Report of the King Institute of Preventive Medicine, Guindy
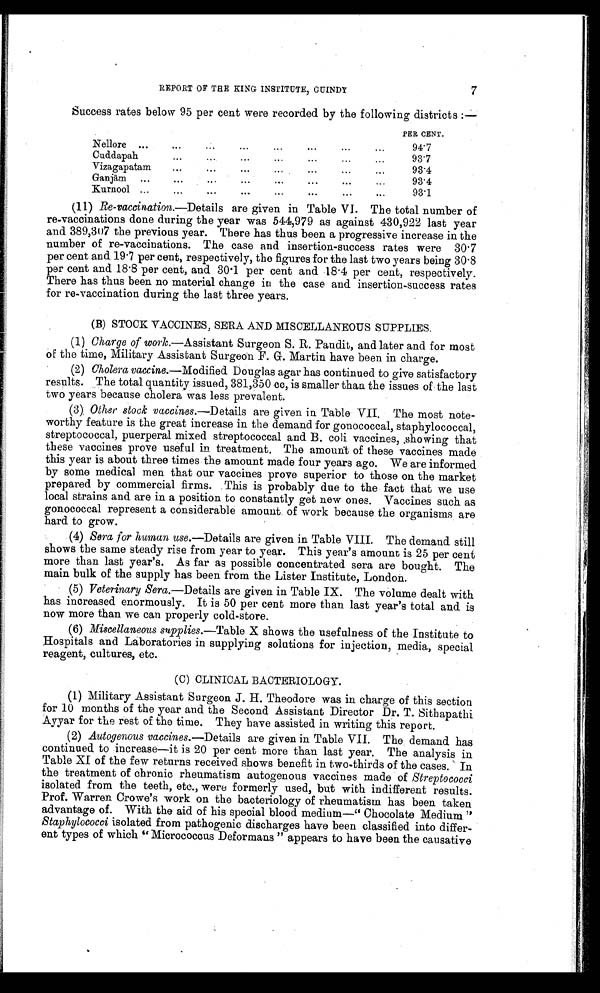
7
REPORT OF THE KING INSTITUTE, GUINDY
Success rates below 95 per cent were recorded by the following districts :—
PER CENT.
...
Nellore
.
.
.
94.7
Cuddapah
.
.
.
93.7
Vizagapatam
.
.
.
93.4
Ganjā m
.
.
.
93.4
Kurnool
.
.
.
93.1
(11) Re-vaccination.— Details
are given in Table VI. The total number of
re-vaccinations done during the year was 544,979 as against 430,922 last year
and 389,307 the previous year. There has thus been a progressive increase in the
number of re-vaccinations. The case and insertion-success rates were 30.7
per cent and 19.7 per cent, respectively, the figures for the last two years being 30.8
per cent and 18.8 per cent, and 30.1 per cent and 18.4 per cent, respectively.
There has thus been no material change in the case and insertion-success rates
for re-vaccination during the last three years.
(B) STOCK VACCINES, SERA AND MISCELLANEOUS SUPPLIES.
(1)
Charge of work .—Assistant Surgeon S. R. Pandit, and later and for most
of the time, Military Assistant Surgeon F. G. Martin have been in charge.
(2)
Cholera vaccine .—Modified Douglas agar has continued to give satisfactory
results. The total quantity issued, 381,350 cc, is smaller than the issues of the last
two years because cholera was less prevalent.
(3) Other stock vaccines .—Details are given in Table VII. The most note- -
worthy feature is the great increase in the demand for gonococcal, staphylococcal,
streptococcal, puerperal mixed streptococcal and B. coli vaccines, showing that
these vaccines prove useful in treatment. The amount of these vaccines made
this year is about three times the amount made four years ago. We are informed
by some medical men that our vaccines prove superior to those on the market
prepared by commercial firms. This is probably due to the fact that we use
local strains and are in a position to constantly get new ones. Vaccines such as
gonococcal represent a considerable amount of work because the organisms are
hard to grow.
(4)
Sera for human use .—Details are given in Table VIII. The demand still
shows the same steady rise from year to year. This year's amount is 25 per cent
more than last year's. As far as possible concentrated sera are bought. The
main bulk of the supply has been from the Lister Institute, London.
(5)
Veterinary Sera .—Details are given in Table IX. The volume dealt with
has increased enormously. It is 50 per cent more than last year's total and is
now more than we can properly cold-store.
(6)
Miscellaneous supplies.— Table X shows the usefulness of the Institute to
Hospitals and Laboratories in supplying solutions for injection, media, special
reagent, cultures, etc.
(C) CLINICAL BACTERIOLOGY.
(1) Military Assistant Surgeon J. H. Theodore was in charge of this section
for 10 months of the year and the Second Assistant Director Dr. T. Sithapathi
Ayyar for the rest of the time. They have assisted in writing this report.
(2)
Autogenous vaccines .—Details are given in Table VII. The demand has
continued to increase—it is 20 per cent more than last year. The analysis in
Table XI of the few returns received shows benefit in two-thirds of the cases. In
the treatment of chronic rheumatism autogenous vaccines made of Streptococci
isolated from the teeth, etc., were formerly used, but with indifferent results.
Prof. Warren Crowe's work on the bacteriology of rheumatism has been taken
advantage of. With the aid of his special blood medium—"Chocolate Medium"
Staphylococci isolated from pathogenic discharges have been classified into differ-
ent types of which " Micrococcus Deformans " appears to have been the causative